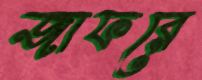
জাফরে